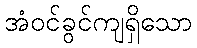
အံဝင်ခွင်ကျရှိသော